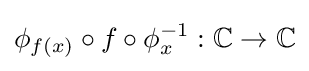
\phi _{f(x)}\circ f\circ \phi _{x}^{-1}:\mathbb {C} \rightarrow \mathbb {C}